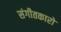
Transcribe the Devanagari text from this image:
संगीतकारो